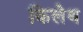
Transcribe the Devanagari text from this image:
किलेथ